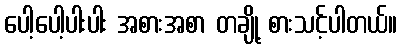
ပေါ့ပေါ့ပါးပါး အစားအစာ တချို့ စားသင့်ပါတယ်။